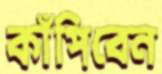
কাঁপিবেন